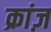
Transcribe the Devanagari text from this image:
क्रांज़